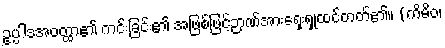
ဥပ္ပါဒအဝတ္ထာ၏ ကင်းခြင်း၏ အဖြစ်ဖြင့်ဉာဏ်အားရှေးရှုထင်တတ်၏။ (ကိမိဝ၊